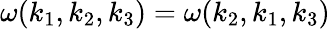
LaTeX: \omega(k_{1},k_{2},k_{3})=\omega(k_{2},k_{1},k_{3})